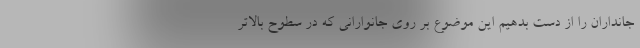
جانداران را از دست بدهیم این موضوع بر روی جانوارانی که در سطوح بالاتر